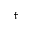
^ \dagger